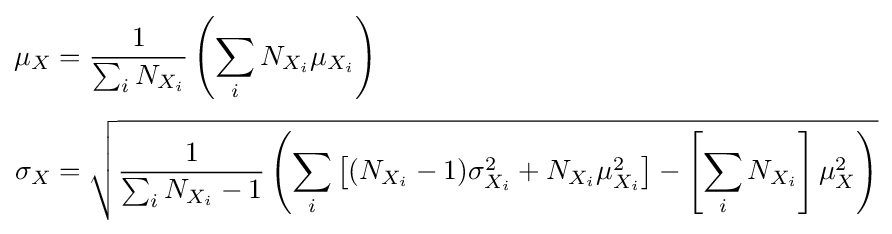
{\begin{aligned}\mu _{X}&={\frac {1}{\sum _{i}{N_{X_{i}}}}}\left(\sum _{i}{N_{X_{i}}\mu _{X_{i}}}\right)\\[3pt]\sigma _{X}&={\sqrt {{\frac {1}{\sum _{i}{N_{X_{i}}-1}}}\left(\sum _{i}{\left[(N_{X_{i}}-1)\sigma _{X_{i}}^{2}+N_{X_{i}}\mu _{X_{i}}^{2}\right]}-\left[\sum _{i}{N_{X_{i}}}\right]\mu _{X}^{2}\right)}}\end{aligned}}